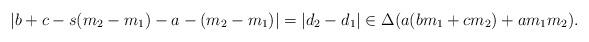
LaTeX: \begin{align*}\left|b+c - s(m_2 - m_1) - a - (m_2 - m_1)\right| = |d_2 - d_1| \in \Delta(a(b m_1 + c m_2) + a m_1 m_2).\end{align*}